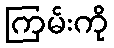
ကြမ်းကို